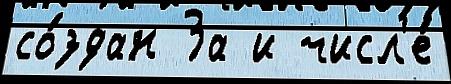
со́здан За и числ'е́